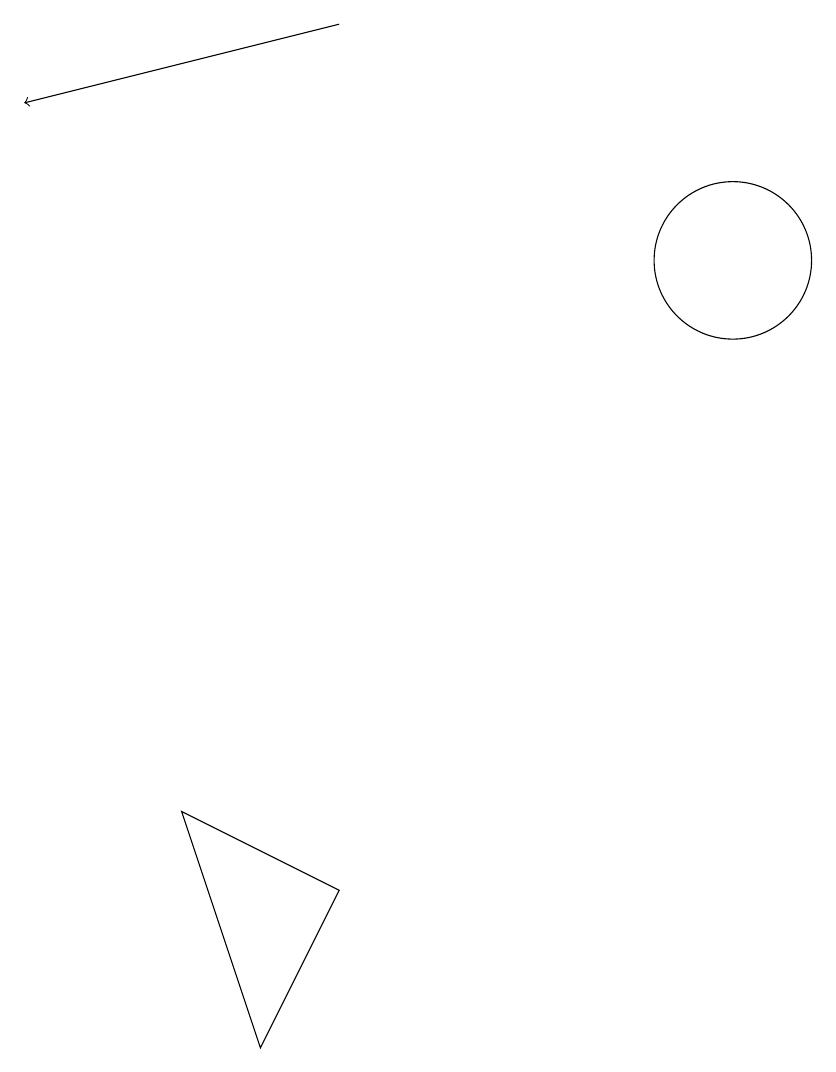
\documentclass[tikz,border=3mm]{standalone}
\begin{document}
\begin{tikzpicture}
\draw[->] (6,15) -- (2,14);
\draw (11,12) circle (1);
\draw (6,4) -- (5,2) -- (4,5) -- cycle;
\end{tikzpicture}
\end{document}